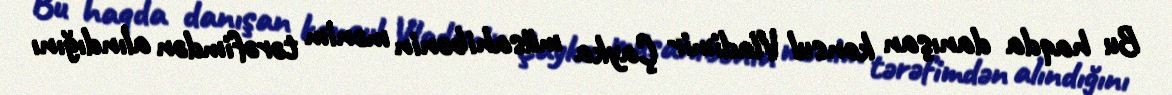
Bu haqda danışan konsul Vladimir Çayka müsahibənin mənim tərəfimdən alındığını